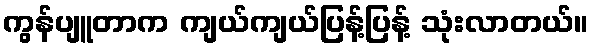
ကွန်ပျူတာက ကျယ်ကျယ်ပြန့်ပြန့် သုံးလာတယ်။